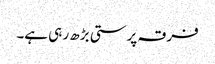
فرقہ پرستی بڑھ ر ہی ہے۔